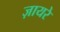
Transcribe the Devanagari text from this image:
ज़ायरे